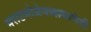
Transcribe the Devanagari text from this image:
मराठमोळेपणामागेही